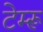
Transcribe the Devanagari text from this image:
टेम्‍रू